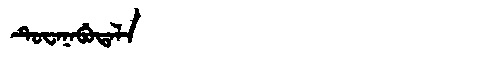
Manchu: ᡨᡠᠸᠠᠨᠠᠪᡠᡨᠠᠯᠠ
Romanization: TUWANABUTALA